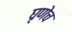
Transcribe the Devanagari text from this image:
घृणेच